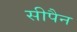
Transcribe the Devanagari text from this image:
सीपैन